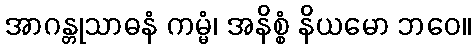
အာဂန္တုသာဓနံ ကမ္မံ၊ အနိစ္စံ နိယမော ဘဝေ။